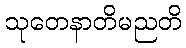
သုတေနာတိမညတိ